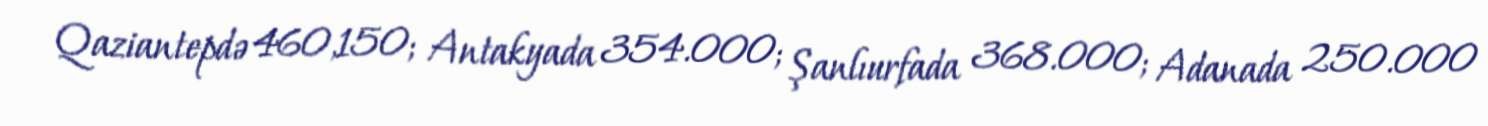
Qaziantepdə 460,150; Antakyada 354.000; Şanlıurfada 368.000; Adanada 250.000